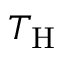
T _ { \mathrm { { H } } }